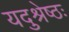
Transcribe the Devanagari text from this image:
यदुश्रेष्ठः